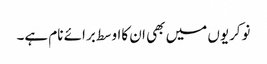
نوکریوں میں بھی ان کااوسط برائے نام ہے۔